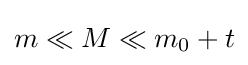
m\ll M\ll m_{0}+t